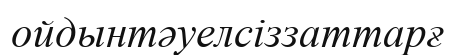
ойдынтәуелсіззаттарғ